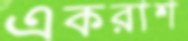
একরাশ